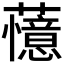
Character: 𬟔